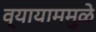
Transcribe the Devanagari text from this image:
व्यायाममुळे